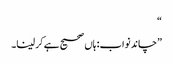
“
”چاند نواب: ہاں صحیح ہے کر لینا۔